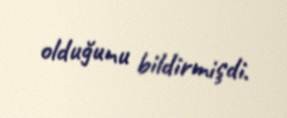
olduğunu bildirmişdi.